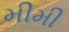
મીમી